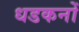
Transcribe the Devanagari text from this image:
धडकनों